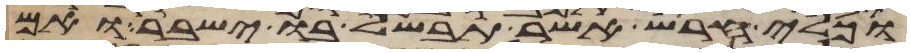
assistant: וכלי חרש אשר תבשל בו ישבר ואם